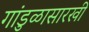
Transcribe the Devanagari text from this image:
गांडुळासारखी